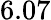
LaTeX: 6.07